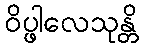
ဝိပ္ဖါလေသုန္တိ